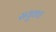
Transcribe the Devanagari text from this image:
सयुक्‍त